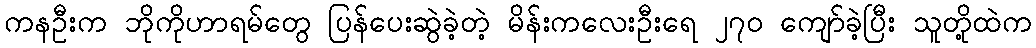
ကနဦးက ဘိုကိုဟာရမ်တွေ ပြန်ပေးဆွဲခဲ့တဲ့ မိန်းကလေးဦးရေ ၂၇၀ ကျော်ခဲ့ပြီး သူတို့ထဲက